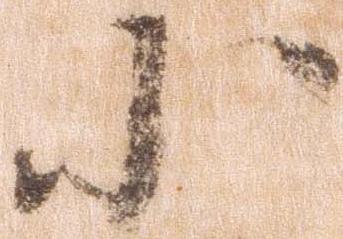
小